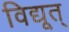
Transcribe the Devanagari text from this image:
विद्यूत्‌